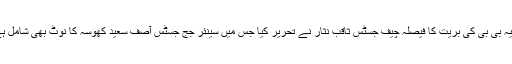
آسیہ بی بی کی بریت کا فیصلہ چیف جسٹس ثاقب نثار نے تحریر کیا جس میں سینئر جج جسٹس آصف سعید کھوسہ کا نوٹ بھی شامل ہے۔